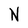
Character: N